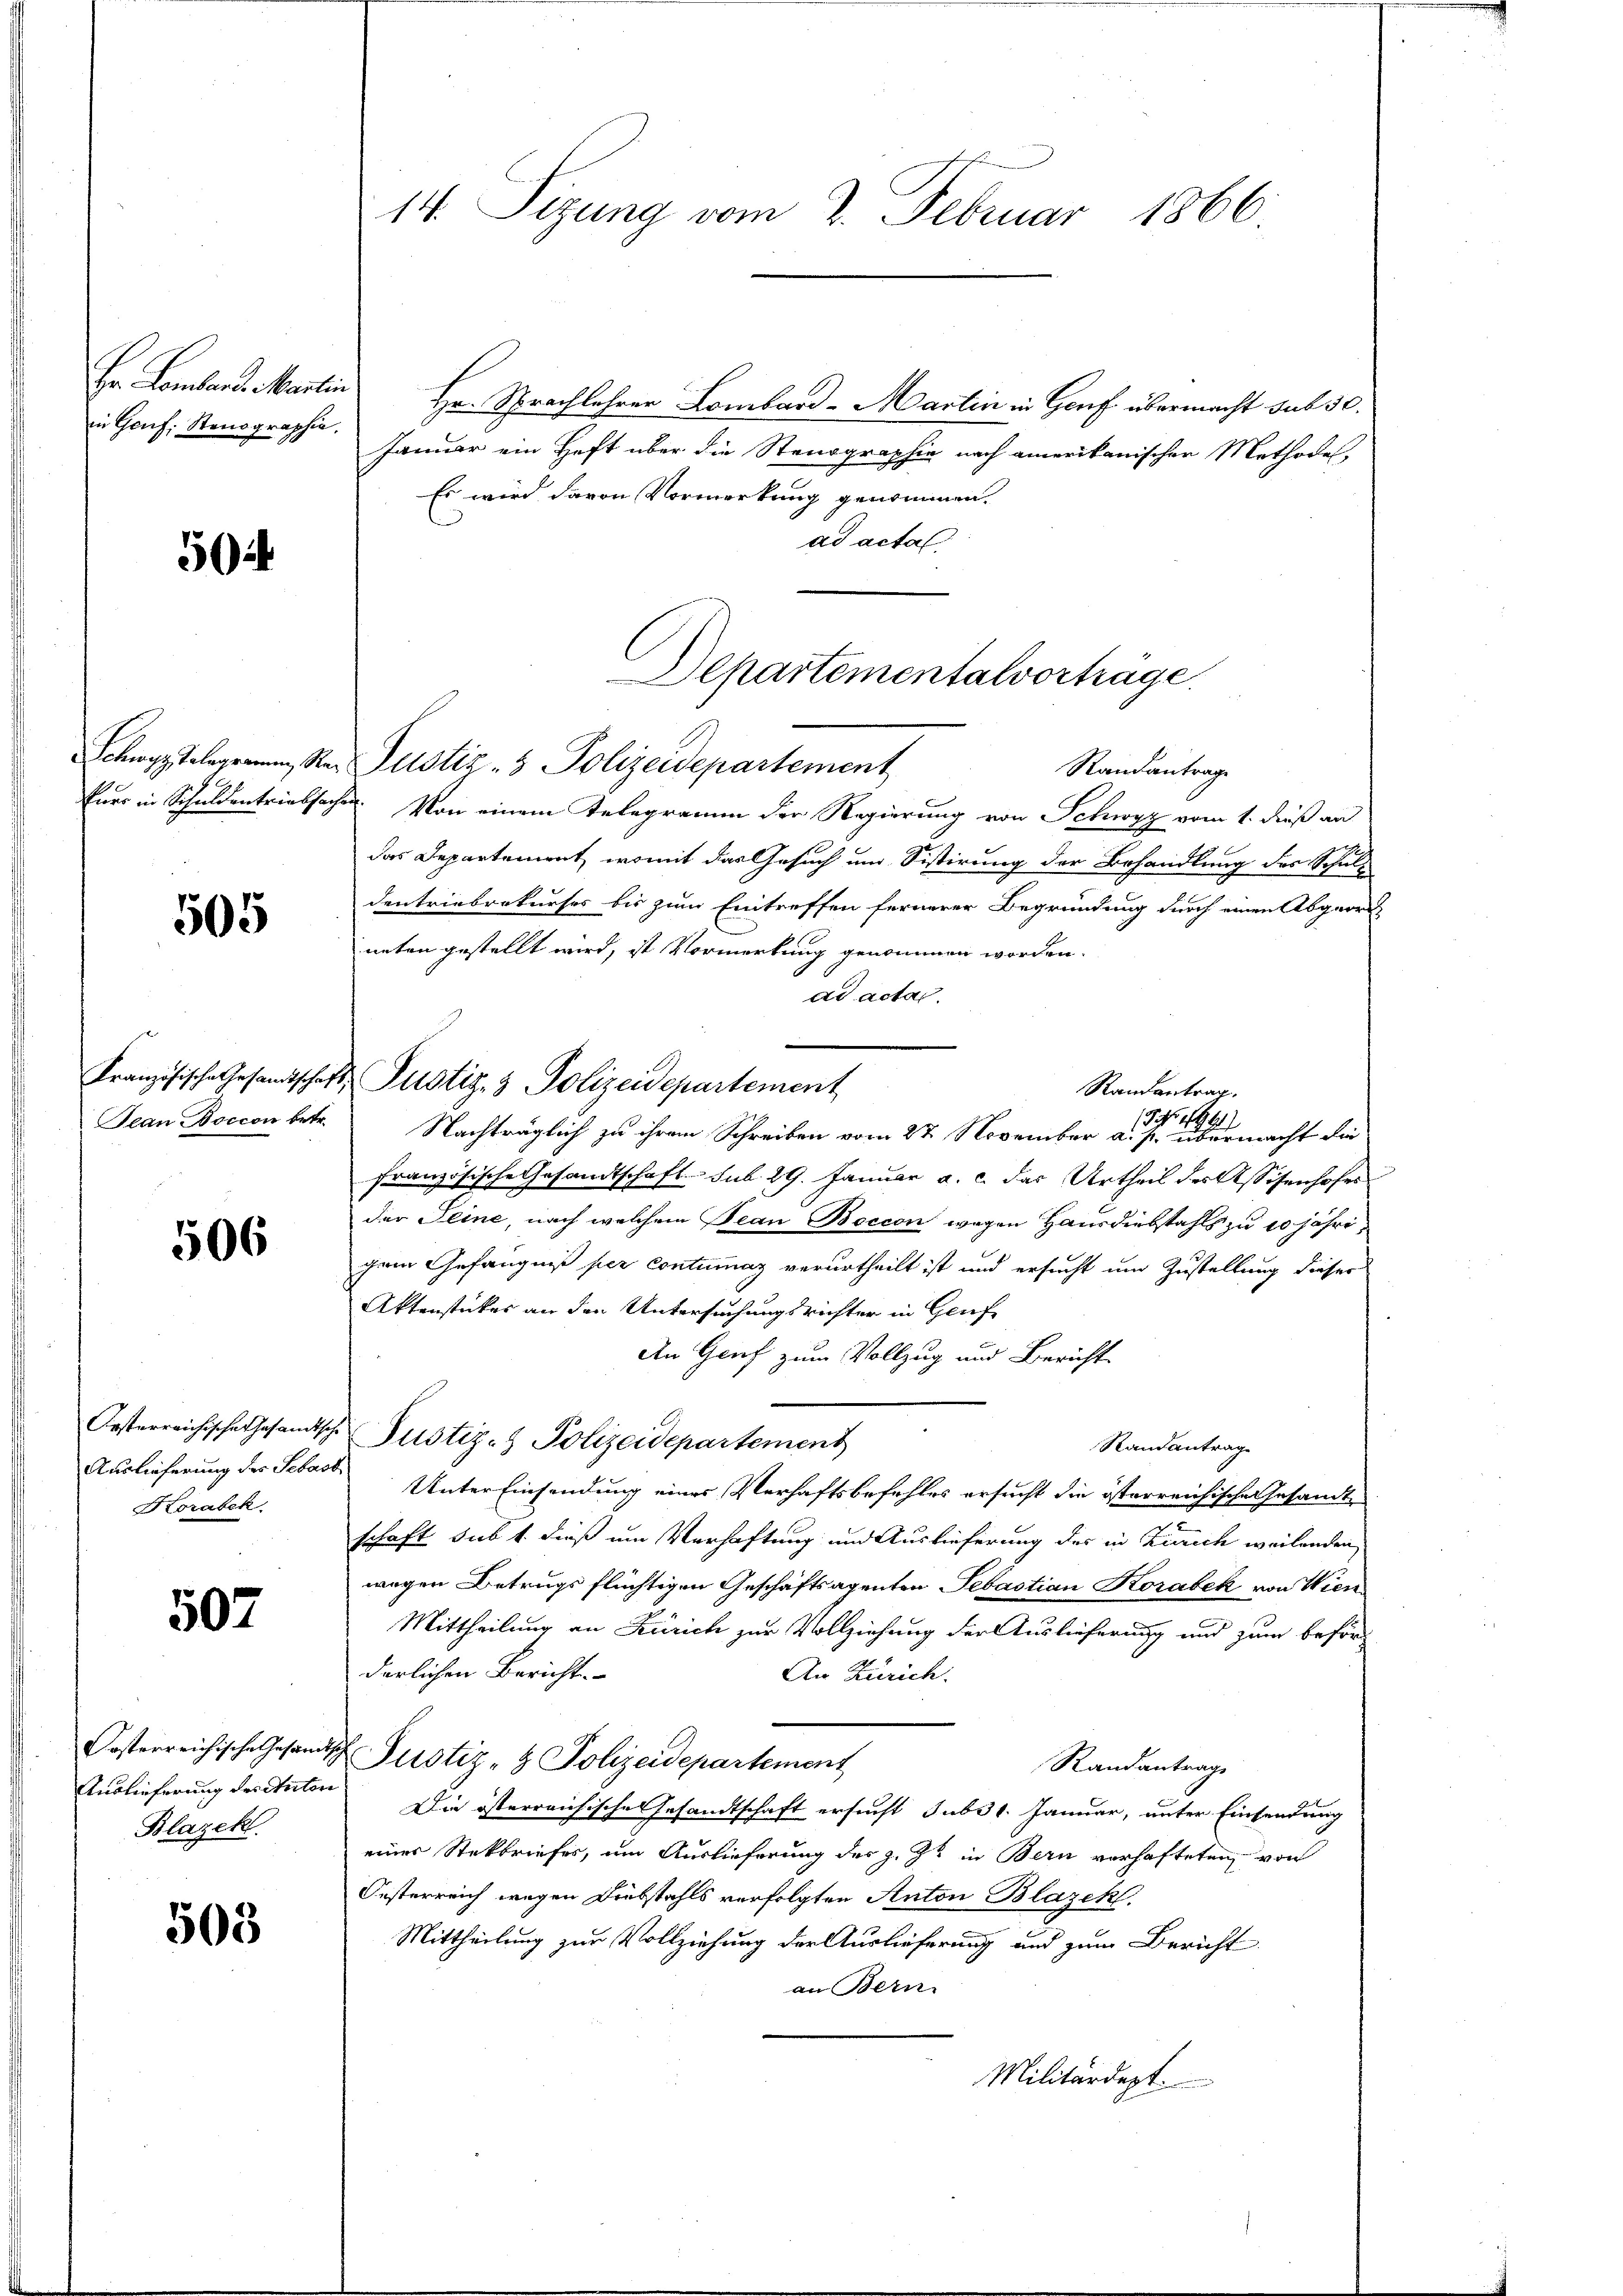
in Genf, Stenographie.

5

505

506

Auslieferung der Sebast
Korabek

507

Auslieferung des Anton
Blazek

503

Er Lomband Martin Hr. Sprachlehrer Lombar - Martin in Genf übermacht sub 30.
Januar ein Heft über die Stenographie nach amerikanischen Methode,
Es wird davon Vormerkung genommen.
ad actal
Schwyz Telegramm, Ster Justiz- & Polizeidepartement
Randantrage
kurs in Schuldentriebsache. Von einem Telegramm der Regierung von Schwyz vom 1. dieß an
das Departement, womit das Gesuch und Sistirung der Behandlung des Schuldentriebrekurses bis zum Eintreffen fernerer Begründung durch einen Abgeordneten gestellt wird, ist Vormerkung genommen worden.
ad acta.
Französische Gesandtschaft Pustiz- & Polizeidepartement
Randentrag.
11
Siche
Jean Boccon betr. Nachträglich zu ihrem Schreiben vom 27 November a. p. übermacht die
Französische Gesandtschaft sub. 29. Januar a. c. das Urtheil des Assisenhofes
der Seine, nach welchem Bean Boccon wegen Hausdiebstahls zu 10 jährigem Gefängniß per contumaz verurtheilt ist und ersucht um Zustellung dieser
Aktenstückes an den Untersuchungsrichter in Genf
An Genf zum Vollzug und Bericht
Oesterreichischen Gesandtsche Pustiz- & Polizeidepartemen
Randantrag
Unter Einsendung eines Verhaftsbefehles ersucht die österreichischen Gesandt
schaft sub 1. dieß um Verhaftung und Auslieferung des in Zürich weilenden
wegen Betrugs flüchtigen Geschäftsagenten Sebastian Korabek von Wien
Mittheilung an Zürich zur Vollziehung der Auslieferung und zum beförderlichen Bericht.
An Zürich.
Kosterreichische Gesandtsch Pustiz- & Polizeidepartement
Randantrage
Die österreichische Gesandtschaft ersucht subst. Januar, unter Einsendung
einer Steckbriefes, um Auslieferung des z. Zt. in Bern vorhafteten, von
Oesterreich wegen Diebstahls verfolgten Anton Blazek.
Mittheilung zur Vollziehung der Auslieferung und zum Bericht
an Bern.
Militärdept.

14. Sizung vom 2. Februar 1866

Departementalverträge.